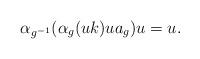
LaTeX: \begin{align*}\alpha_{g^{-1}}( \alpha_g(uk) u a_g ) u = u.\end{align*}